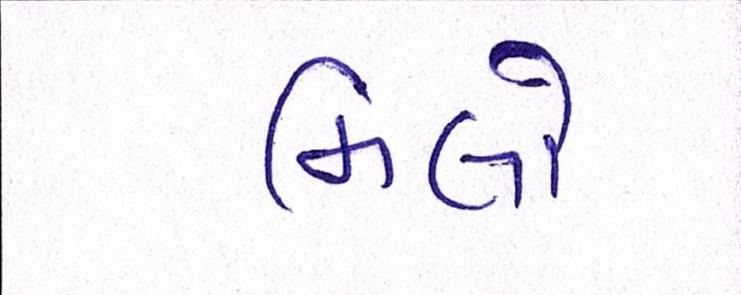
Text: મિલો